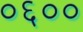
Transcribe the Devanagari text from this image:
०६००